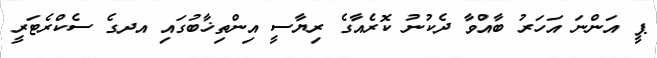
ޕީ އަންނަ އަހަރު ބާއްވާ ދެކުނު ކޮރެއާގެ ރިޔާސީ އިންތިޚާބުގައި އދގެ ސެކްރެޓަރީ